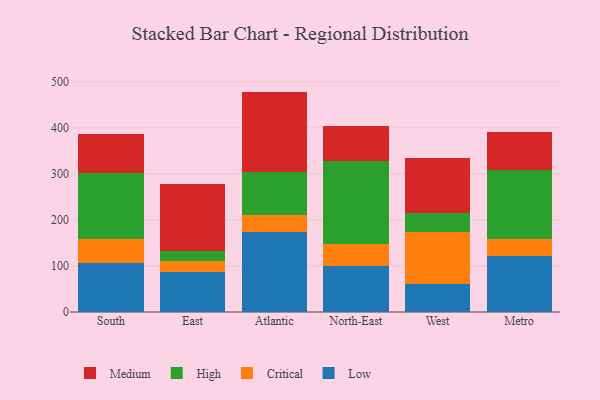
{"axis": {"x": "Region", "y": "Production Output"}, "legend": ["Critical", "High", "Low", "Medium"], "data": [{"x": "South", "y": 105.8, "type": "Low"}, {"x": "South", "y": 51.8, "type": "Critical"}, {"x": "South", "y": 143.6, "type": "High"}, {"x": "South", "y": 85.9, "type": "Medium"}, {"x": "East", "y": 87.8, "type": "Low"}, {"x": "East", "y": 22.3, "type": "Critical"}, {"x": "East", "y": 22.2, "type": "High"}, {"x": "East", "y": 145.5, "type": "Medium"}, {"x": "Atlantic", "y": 174.5, "type": "Low"}, {"x": "Atlantic", "y": 36.2, "type": "Critical"}, {"x": "Atlantic", "y": 94.2, "type": "High"}, {"x": "Atlantic", "y": 173.7, "type": "Medium"}, {"x": "North-East", "y": 99.6, "type": "Low"}, {"x": "North-East", "y": 48.4, "type": "Critical"}, {"x": "North-East", "y": 179.3, "type": "High"}, {"x": "North-East", "y": 76.8, "type": "Medium"}, {"x": "West", "y": 61.8, "type": "Low"}, {"x": "West", "y": 111.0, "type": "Critical"}, {"x": "West", "y": 42.0, "type": "High"}, {"x": "West", "y": 120.4, "type": "Medium"}, {"x": "Metro", "y": 122.5, "type": "Low"}, {"x": "Metro", "y": 36.9, "type": "Critical"}, {"x": "Metro", "y": 148.4, "type": "High"}, {"x": "Metro", "y": 82.8, "type": "Medium"}]}